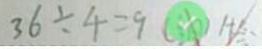
3 6 \div 4 = 9